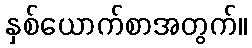
နှစ်ယောက်စာအတွက်။